Lunatic asylums Bombay report 1891-1903 - 1891-1903
Year: 1891
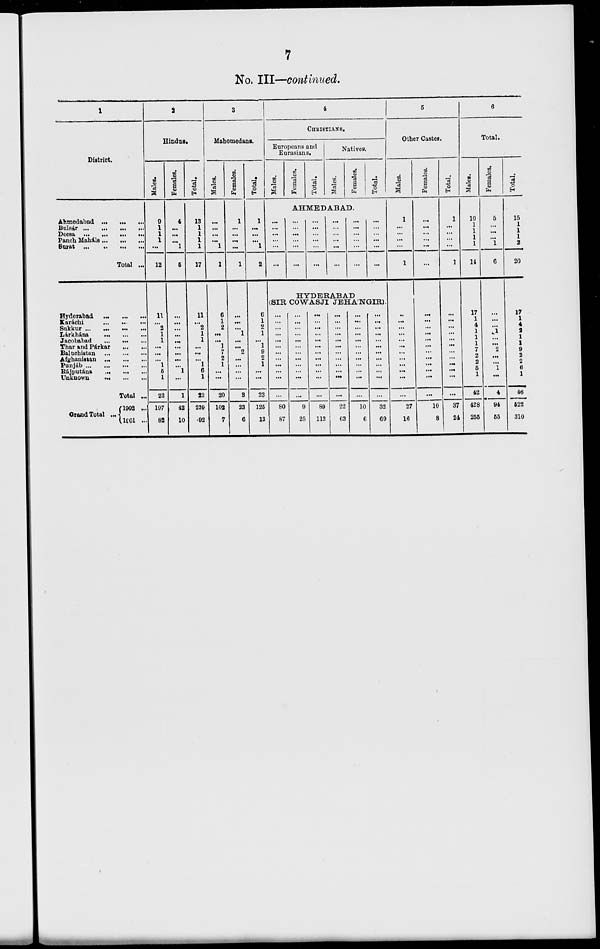
7
No. III—continued.
1
District.
Ahmedabad ... ... ...
Bulsár
...
...
...
...
Deeea
...
...
...
...
Panch Maháls ... ... ...
Surat
...
...
...
...
Total ...
Hyderabad
...
...
...
Karachi ... ... ...
Sukkur
...
...
...
...
Lárkhána
...
...
...
Jacobabad
Tharn and Párkar
...
Baluchistan
...
...
...
Afghanistan ... ... ...
Punjab
...
...
...
...
Rájputána
...
...
...
Unknown
...
...
...
Total ...
Grand Total ...
1902 ...
1901 ...
2
Hindus.
Males.
9
1
1
1
...
12
11
...
2
1
1
...
...
...
1
5
1
22
197
82
Females.
4
...
...
...
1
5
...
...
...
...
...
...
...
...
...
1
...
1
42
10
Total.
13
1
1
1
1
17
11
...
2
1
1
...
...
...
1
6
1
23
239
92
3
Mahomedans.
Males.
...
...
...
...
1
1
6
1
2
...
...
1
7
2
1
...
...
20
102
7
Females.
1
...
...
...
...
1
...
...
...
1
...
...
2
...
...
...
...
3
23
6
Total.
1
...
...
...
1
2
6
1
2
1
...
1
9
2
1
...
...
23
125
13
4
CHRISTIANS.
Europeans and
Eurasians.
Males.
Females.
Total.
Natives.
Males.
Females.
Total.
AHMEDABAD.
...
...
...
...
...
...
...
...
...
...
...
...
...
...
...
...
...
...
...
...
...
...
...
...
...
...
...
...
...
...
...
...
...
...
...
...
HYDERABAD
(SIR COWASJI JEHA'NGIR).
...
...
...
...
...
...
...
...
...
...
...
...
80
87
...
...
...
...
...
...
...
...
...
...
...
...
9
25
...
...
...
...
...
...
...
...
...
...
...
...
89
112
...
...
...
...
...
...
...
...
...
...
...
...
22
63
...
...
...
...
...
...
...
...
...
...
...
...
10
6
...
...
...
...
...
...
...
...
...
...
...
...
32
69
5
Other Castes.
Males.
1
...
...
...
...
1
...
...
...
...
...
...
...
...
...
...
...
...
27
16
Females.
...
...
...
...
...
...
...
...
...
...
...
...
...
...
...
...
...
...
10
8
Total.
1
...
...
...
...
1
...
...
...
...
...
...
...
...
...
...
...
...
37
24
6
Total.
Males.
10
1
1
1
1
14
17
1
4
1
1
1
7
2
2
5
1
42
428
255
Females.
5
...
...
...
1
6
...
...
...
1
...
...
2
...
...
1
...
4
94
55
Total.
15
1
1
1
2
20
17
1
4
2
1
1
9
2
2
6
1
46
522
310